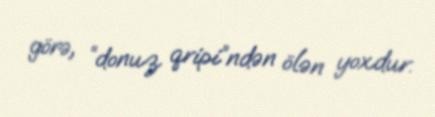
görə, “donuz qripi”ndən ölən yoxdur.